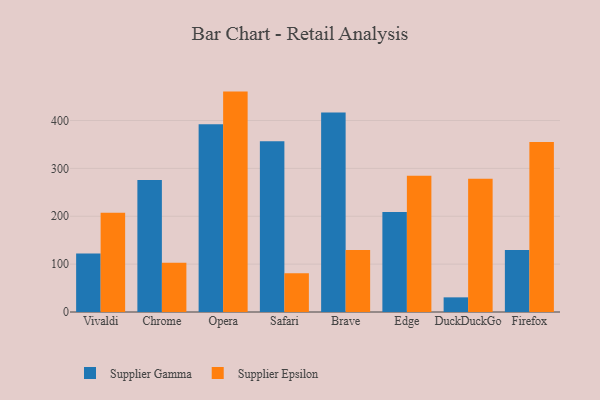
{"axis": {"x": "Browser", "y": "Conversion Rate (%)"}, "legend": ["Supplier Epsilon", "Supplier Gamma"], "data": [{"x": "Vivaldi", "y": 122.4, "type": "Supplier Gamma"}, {"x": "Vivaldi", "y": 207.2, "type": "Supplier Epsilon"}, {"x": "Chrome", "y": 275.8, "type": "Supplier Gamma"}, {"x": "Chrome", "y": 102.8, "type": "Supplier Epsilon"}, {"x": "Opera", "y": 392.4, "type": "Supplier Gamma"}, {"x": "Opera", "y": 460.4, "type": "Supplier Epsilon"}, {"x": "Safari", "y": 356.5, "type": "Supplier Gamma"}, {"x": "Safari", "y": 80.9, "type": "Supplier Epsilon"}, {"x": "Brave", "y": 416.9, "type": "Supplier Gamma"}, {"x": "Brave", "y": 129.3, "type": "Supplier Epsilon"}, {"x": "Edge", "y": 209.0, "type": "Supplier Gamma"}, {"x": "Edge", "y": 284.6, "type": "Supplier Epsilon"}, {"x": "DuckDuckGo", "y": 30.6, "type": "Supplier Gamma"}, {"x": "DuckDuckGo", "y": 278.5, "type": "Supplier Epsilon"}, {"x": "Firefox", "y": 129.7, "type": "Supplier Gamma"}, {"x": "Firefox", "y": 355.1, "type": "Supplier Epsilon"}]}